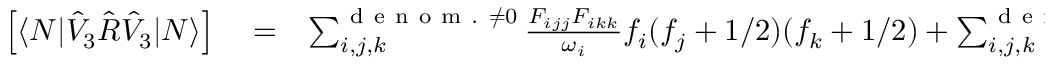
\begin{array} { r l r } { \left[ \langle N | \hat { V } _ { 3 } \hat { R } \hat { V } _ { 3 } | N \rangle \right] } & { { } = } & { \sum _ { i , j , k } ^ { { \mathrm { ~ d ~ e ~ n ~ o ~ m ~ . ~ } \neq 0 } } \frac { { F } _ { i j j } { F } _ { i k k } } { \omega _ { i } } f _ { i } ( f _ { j } + 1 / 2 ) ( f _ { k } + 1 / 2 ) + \sum _ { i , j , k } ^ { { \mathrm { ~ d ~ e ~ n ~ o ~ m ~ . ~ } \neq 0 } } \frac { { F } _ { i j j } { F } _ { i k k } } { - \omega _ { i } } ( f _ { i } + 1 ) ( f _ { j } + 1 / 2 ) ( f _ { k } + 1 / 2 ) } \end{array}